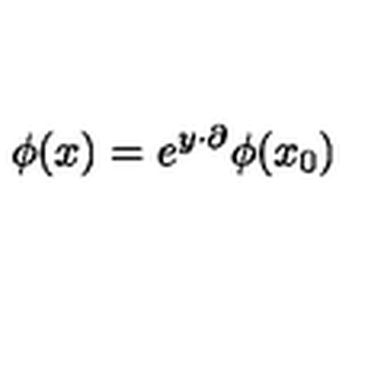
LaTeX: \phi ( x ) = e ^ { y \cdot \partial } \phi ( x _ { 0 } )